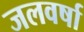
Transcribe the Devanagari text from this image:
जलवर्षा